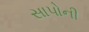
સાપોની